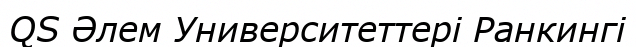
QS Әлем Университеттері Ранкингі